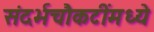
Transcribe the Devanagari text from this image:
संदर्भचौकटींमध्ये